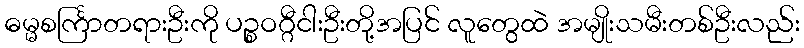
ဓမ္မစင်္ကြာတရားဦးကို ပဉ္စဝဂ္ဂီငါးဦးတို့အပြင် လူတွေထဲ အမျိုးသမီးတစ်ဦးလည်း